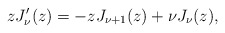
\begin{align*}zJ_{\nu}'(z)=-zJ_{\nu+1}(z)+\nu J_{\nu}(z),\end{align*}